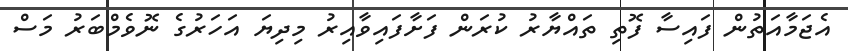
އެޖަމާއަތުން ފައިސާ ފޮތި ތައްޔާރު ކުރަން ފަށާފައިވާއިރު މިދިޔަ އަހަރުގެ ނޮވެމްބަރު މަސް